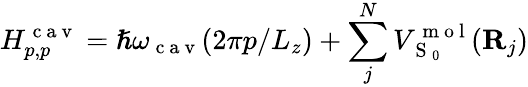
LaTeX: H_{p,p}^{\mathrm{~c~a~v~}}=\hslash\omega_{\mathrm{~c~a~v~}}(2\pi p/L_{z})+\sum_{j}^{N}V_{\mathrm{~S~}_{0}}^{\mathrm{~m~o~l~}}({\mathbf{R}}_{j})